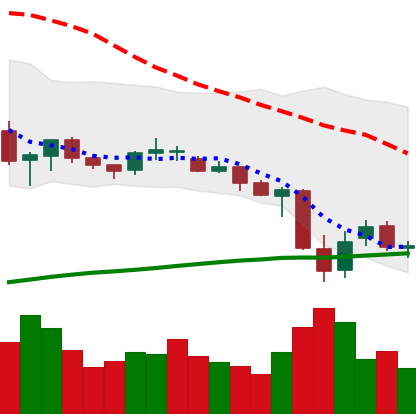
Ticker: XRP-USD
Chart end date: 2021-06-26
Forward return: 7.433%
Label: up_7plus